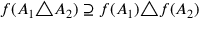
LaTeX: f ( A _ { 1 } \triangle A _ { 2 } ) \supseteq f ( A _ { 1 } ) \triangle f ( A _ { 2 } )